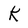
Character: K